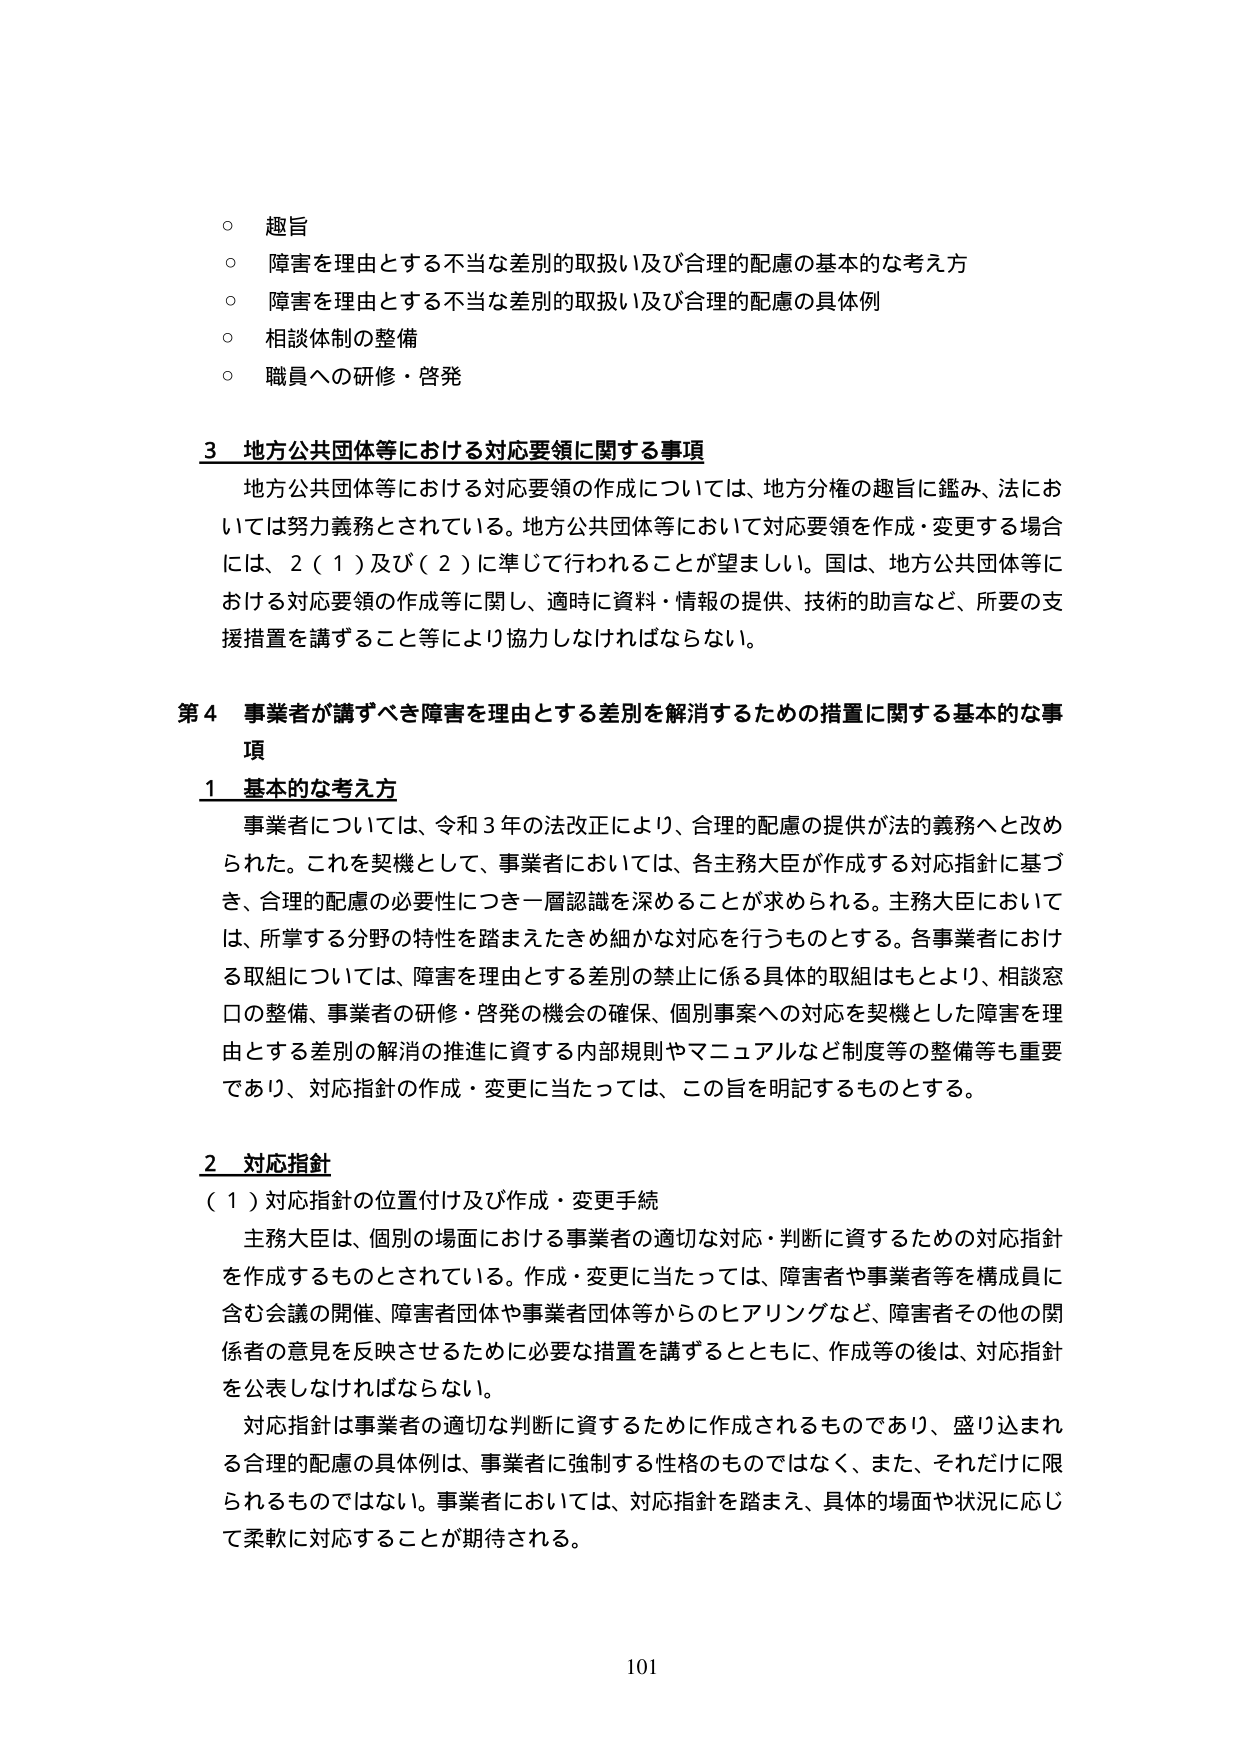
○ 趣旨
○ 障害を理由とする不当な差別的取扱い及び合理的配慮の基本的な考え方
○ 障害を理由とする不当な差別的取扱い及び合理的配慮の具体例
○ 相談体制の整備
○ 職員への研修・啓発

3 地方公共団体等における対応要領に関する事項
地方公共団体等における対応要領の作成については、地方分権の趣旨に鑑み、法においては努力義務とされている。地方公共団体等において対応要領を作成・変更する場合には、2（1）及び（2）に準じて行われることが望ましい。国は、地方公共団体等における対応要領の作成等に関し、適時に資料・情報の提供、技術的助言など、所要の支援措置を講ずること等により協力しなければならない。

第4 事業者が講ずべき障害を理由とする差別を解消するための措置に関する基本的な事項
1 基本的な考え方
事業者については、令和3年の法改正により、合理的配慮の提供が法的義務へと改められた。これを契機として、事業者においては、各主務大臣が作成する対応指針に基づき、合理的配慮の必要性につき一層認識を深めることが求められる。主務大臣においては、所掌する分野の特性を踏まえたきめ細かな対応を行うものとする。各事業者における取組については、障害を理由とする差別の禁止に係る具体的取組はもとより、相談窓口の整備、事業者の研修・啓発の機会の確保、個別事案への対応を契機とした障害を理由とする差別の解消の推進に資する内部規則やマニュアルなど制度等の整備等も重要であり、対応指針の作成・変更に当たっては、この旨を明記するものとする。

2 対応指針
（1）対応指針の位置付け及び作成・変更手続
主務大臣は、個別の場面における事業者の適切な対応・判断に資するための対応指針を作成するものとされている。作成・変更に当たっては、障害者や事業者等を構成員に含む会議の開催、障害者団体や事業者団体等からのヒアリングなど、障害者その他の関係者の意見を反映させるために必要な措置を講ずるとともに、作成等の後は、対応指針を公表しなければならない。
対応指針は事業者の適切な判断に資するために作成されるものであり、盛り込まれる合理的配慮の具体例は、事業者に強制する性格のものではなく、また、それだけに限られるものではない。事業者においては、対応指針を踏まえ、具体的場面や状況に応じて柔軟に対応することが期待される。

101